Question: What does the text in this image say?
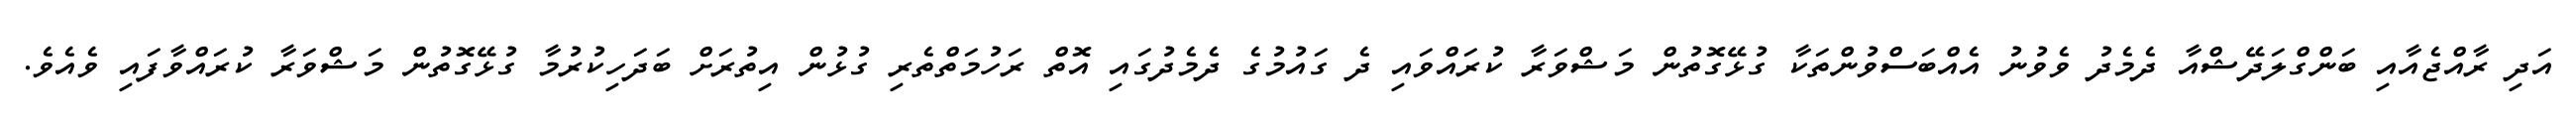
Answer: އަދި ރާއްޖެއާއި ބަންގްލަދޭޝްއާ ދެމެދު ވެވުނު އެއްބަސްވުންތަކާ ގުޅޭގޮތުން މަޝްވަރާ ކުރައްވައި ދެ ގައުމުގެ ދެމެދުގައި އޮތް ރަހުމަތްތެރި ގުޅުން އިތުރަށް ބަދަހިކުރުމާ ގުޅޭގޮތުން މަޝްވަރާ ކުރައްވާފައި ވެއެވެ.